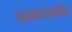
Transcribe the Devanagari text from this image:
अटलांटामधील